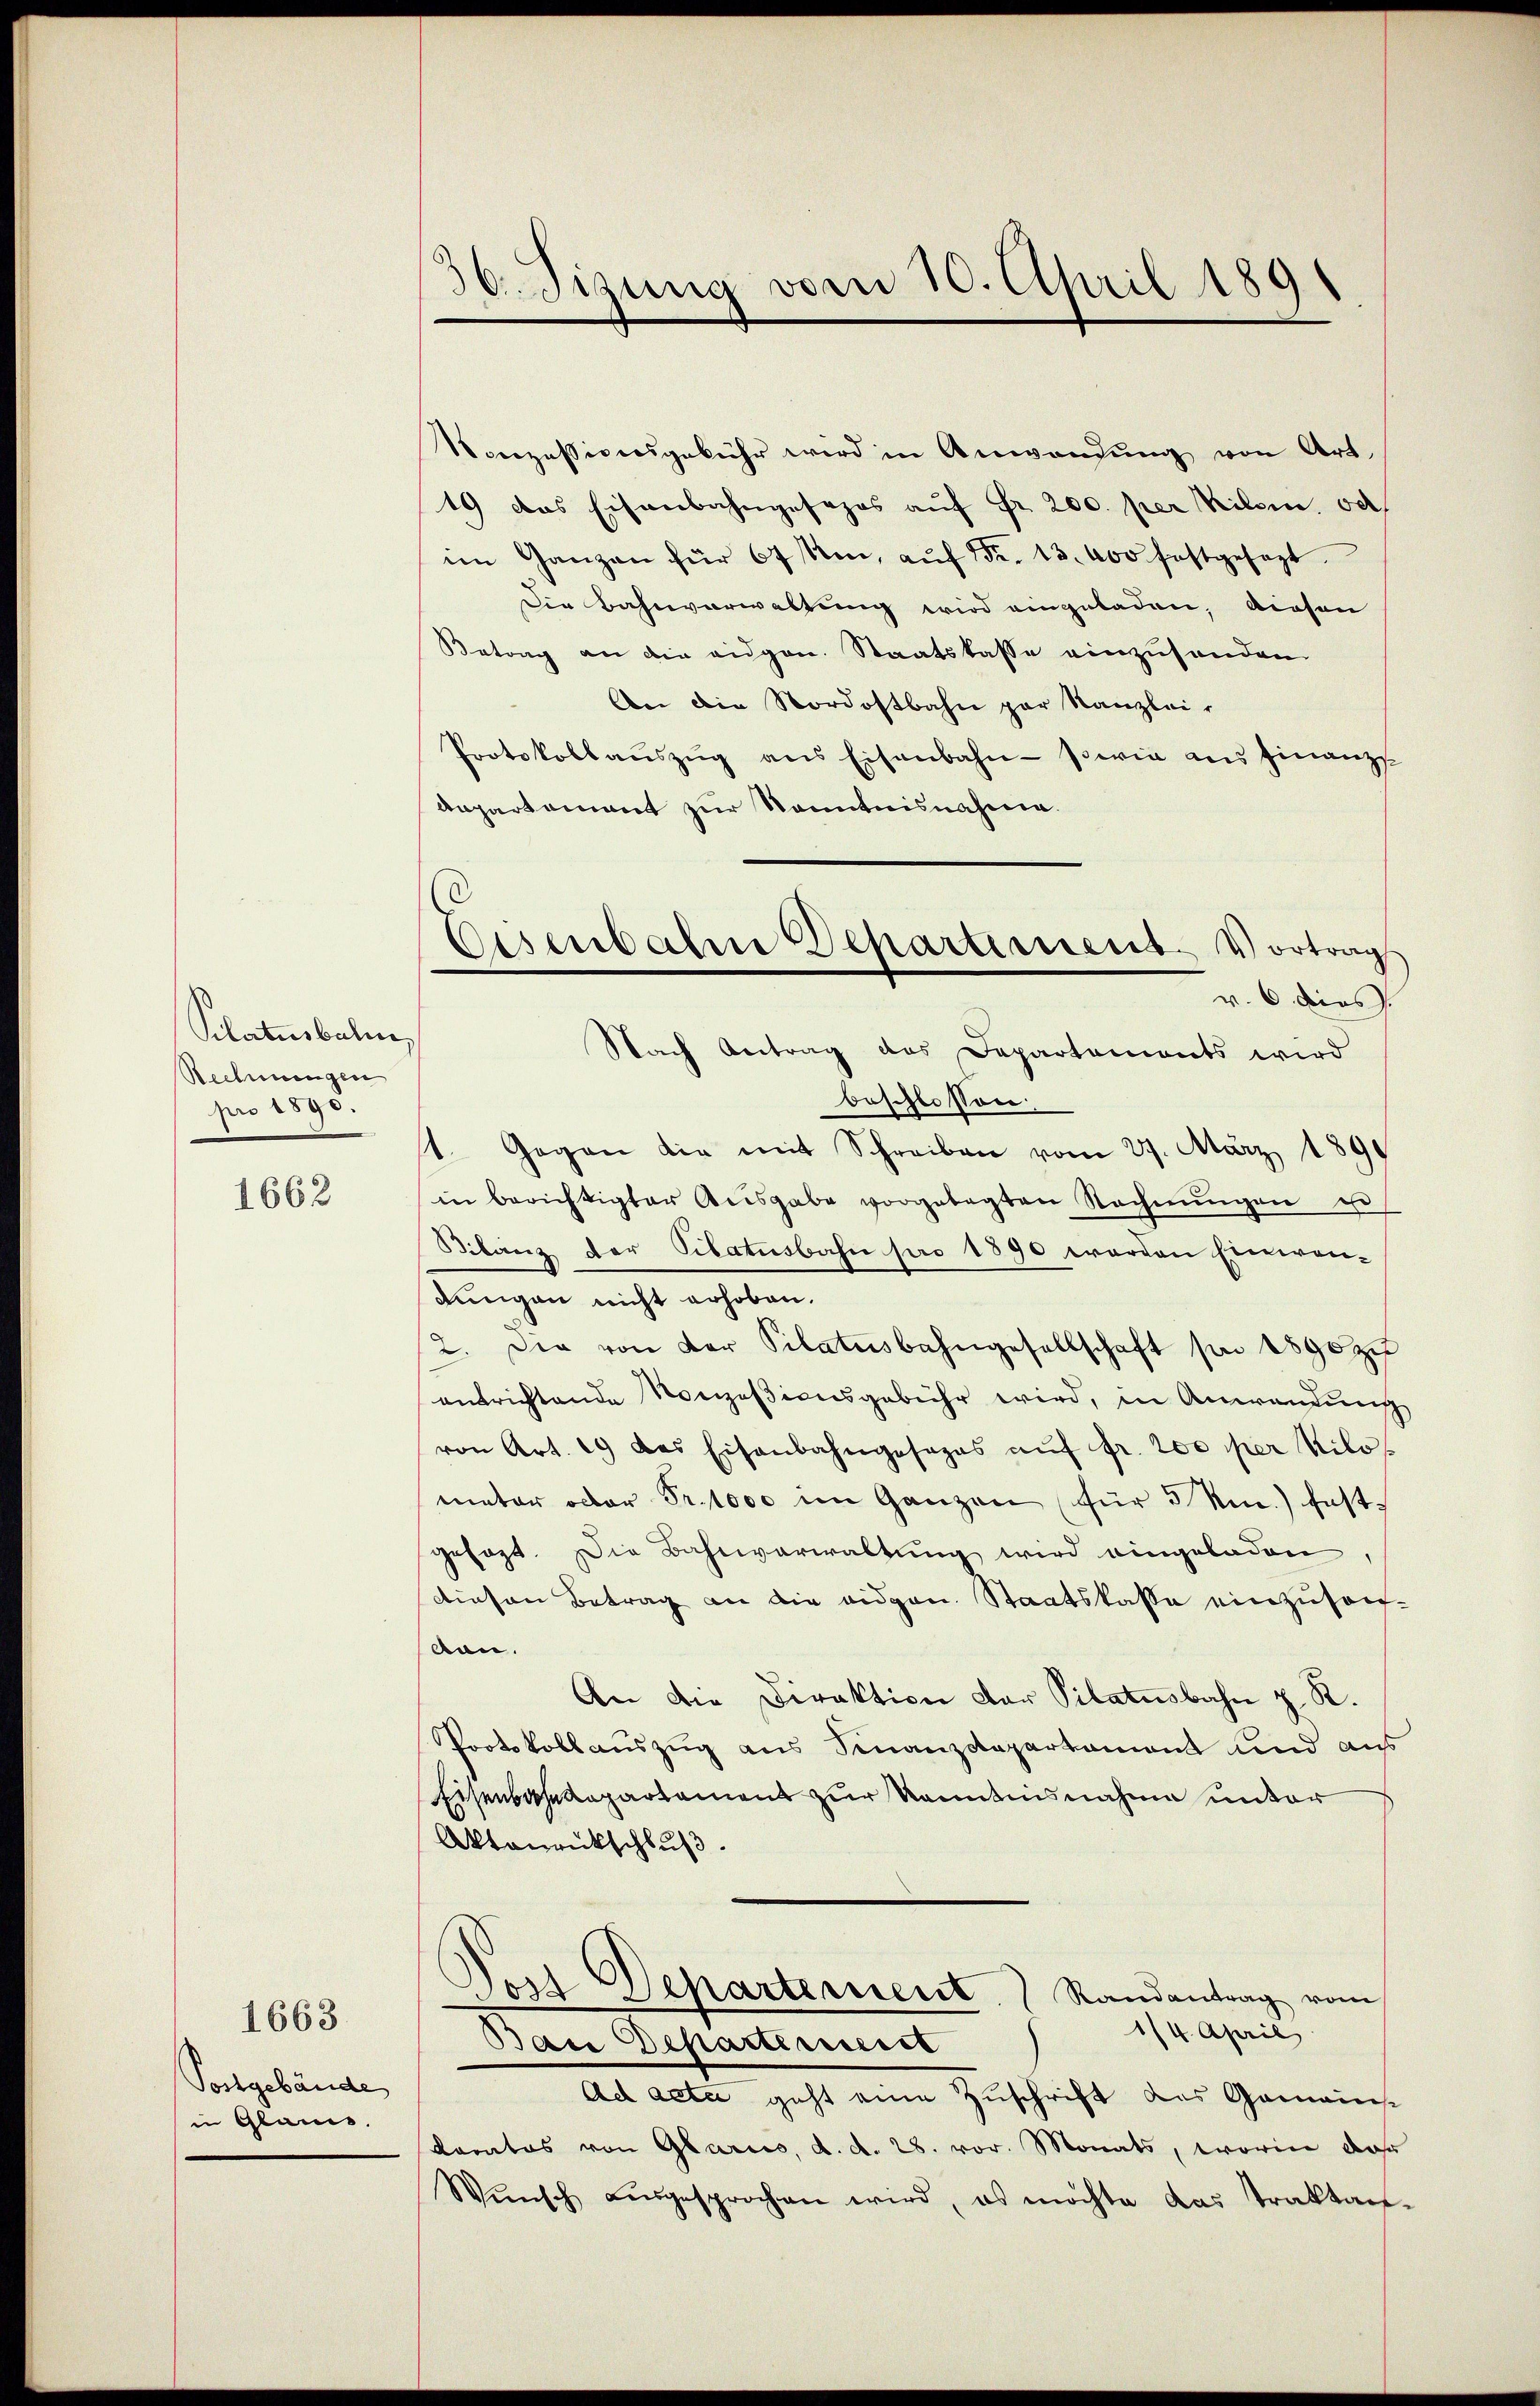
Pilatusbalm,
Rechnungen
pro 1890.

1662

Postgebäude
in Glanis.

1663.

30. Sizung vom 10. April 1891

Eisenbahne Departement. Vortrag
v. 6 dies
Nach Antrag des Departements wird

Vonzessionsgebühr wird in Anwendung von Art.
19 das Eisenbahngesezes aŭf Fr. 200. per Kilom, ode
im Ganzen für 67 Um, aŭf Fr. 13. 400 festgesezt.
Die Bahnverwaltung wird eingeladen, diesen
Betrag an die eidgen. Staatskasse einzusenden
An die Nordostbahn par Kanzlei-
Protokollaŭszŭg ans Eisenbahn- sowie aus finanz
Anpartement zur Kenntnisnahme
beschlossen:
1. Gegen die mit Schreiben vom 27. März 1890
in berichtigter Ausgabe vorgelegten Rechnŭngen est
Bilanz der Pilatusbahn pro 1890 werden Einwen-
dungen nicht erhoben.
2. Der von der Pilatŭsbahngesellschaft pr 1890 zu
entrichtende Nonzesionsgebühr wird, in Anwendung
von Art. 19 des Eisenbahngesages aŭf fr. 200 per Nilo-
meter oder Fr. 1000 im Ganzen für 5 Mm.) festgesagt. Die Bahnverwaltung wird eingeladen.
diesen Betrag an die eidgen. Staatskasse einzusonban.
An die Direktion der Pilatusbahn z. R.
Protokollauszug aus Finanzdepartament und aus
Eisenbahndepartament zur Kenntnisnahme unter
Aktourückschluß
Jost Departement.  Randantrag vom
1/4. April
Ban Departinuirt
Ad acta geht eine Zuschrift des Gemeins
kanatos von Glarus, d. d. 28. vor. Monats, worin das
Wünsch aŭsgesprochen wird, es möchte das Traktan-